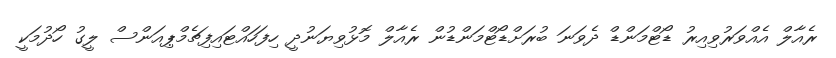
ރެއާލް އެއްވަރުވިއިރު ޑޯޓްމަންޑް ދެވަނަ ބުރަށްޑޯޓްމަންޑުން ރެއާލް މޮޅުވިޔަނުދީ ހިފަހައްޓައިފިޗެމްޕިއަންސް ލީގު ހޯދުމަކީ